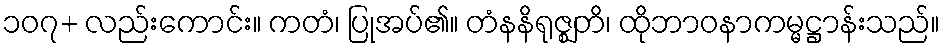
၁၀၇+ လည်းကောင်း။ ကတံ၊ ပြုအပ်၏။ တံနနိရုဇ္ဈတိ၊ ထိုဘာဝနာကမ္မဋ္ဌာန်းသည်။